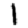
Digit: 1